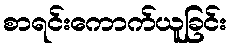
စာရင်းကောက်ယူခြင်း